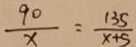
\frac { 9 0 } { x } = \frac { 1 3 5 } { x + 5 }